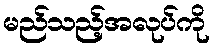
မည်သည့်အလုပ်ကို